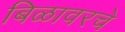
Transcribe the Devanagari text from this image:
बिळावरचे